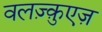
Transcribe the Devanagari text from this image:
वलज़्क़ुएज़